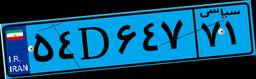
۵۴D۶۴۷۷۱